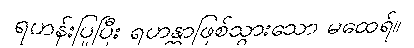
ရဟန်းပြုပြီး ရဟန္တာဖြစ်သွားသော မထေရ်။